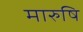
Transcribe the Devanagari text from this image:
मारुषि